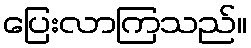
ပြေးလာကြသည်။